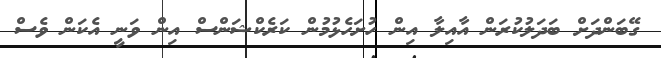
ގޭބަންދަށް ބަދަލުކުރަން އާއިލާ އިން ހުށަހެޅުމުން ކަރެކްޝަންސް އިން ވަނީ އެކަން ވެސް